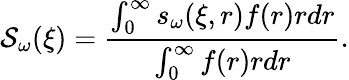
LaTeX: \mathcal{S}_{\omega}(\xi)=\frac{\int_{0}^{\infty}s_{\omega}(\xi,r)f(r)rdr}{\int_{0}^{\infty}f(r)rdr}.